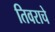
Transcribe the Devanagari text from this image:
तिवराचे